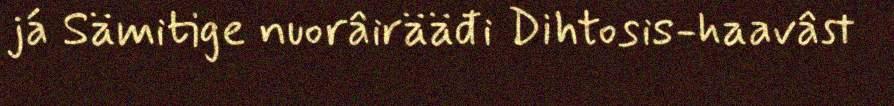
já Sämitige nuorâirääđi Dihtosis-haavâst